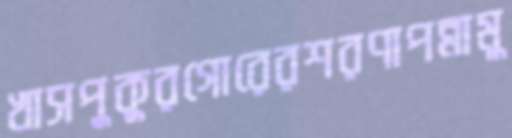
খাসপুকুরগোরেরশরণাপন্নামু